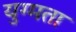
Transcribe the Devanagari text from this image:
युग्मता